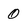
Character: 0